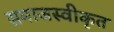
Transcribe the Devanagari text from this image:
समाजस्वीकृत